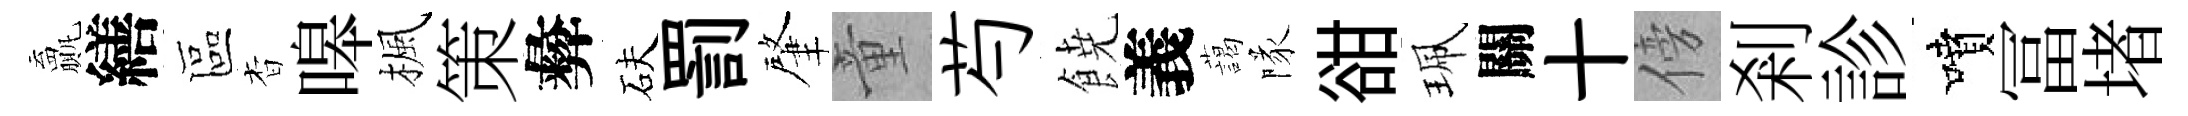
贏繕區杳嗥楓策彜砆罰肇童芍𩜙義藹隊𧮳珮關十傍剎診噴冨堵